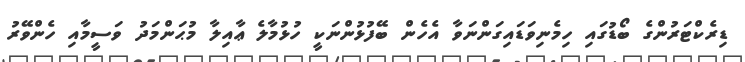
ޑިރެކްޓަރުންގެ ބޯޑުގައި ހިމެނިވަޑައިގަންނަވާ އެހެން ބޭފުޅުންނަކީ ހުޅުމާލެ ޢާއިލާ މުޙަންމަދު ވަސީމާއި ހެންވޭރު